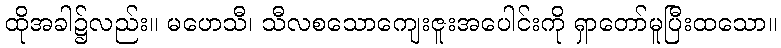
ထိုအခါ၌လည်း။ မဟေသီ၊ သီလစသောကျေးဇူးအပေါင်းကို ရှာတော်မူပြီးထသော။